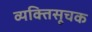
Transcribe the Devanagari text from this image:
व्यक्तिसूचक